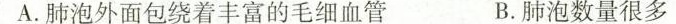
A.肺泡外面包绕着丰富的毛细血管 B.肺泡数量很多